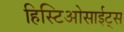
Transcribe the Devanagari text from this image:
हिस्टिओसाईट्स